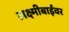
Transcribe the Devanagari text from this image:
लक्ष्मीबाईंवर